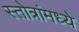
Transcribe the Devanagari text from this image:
स्तोत्रांमध्ये